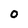
Character: 0